Vaccination in Bombay 1863-1868 - 1863-1868
Year: 1863
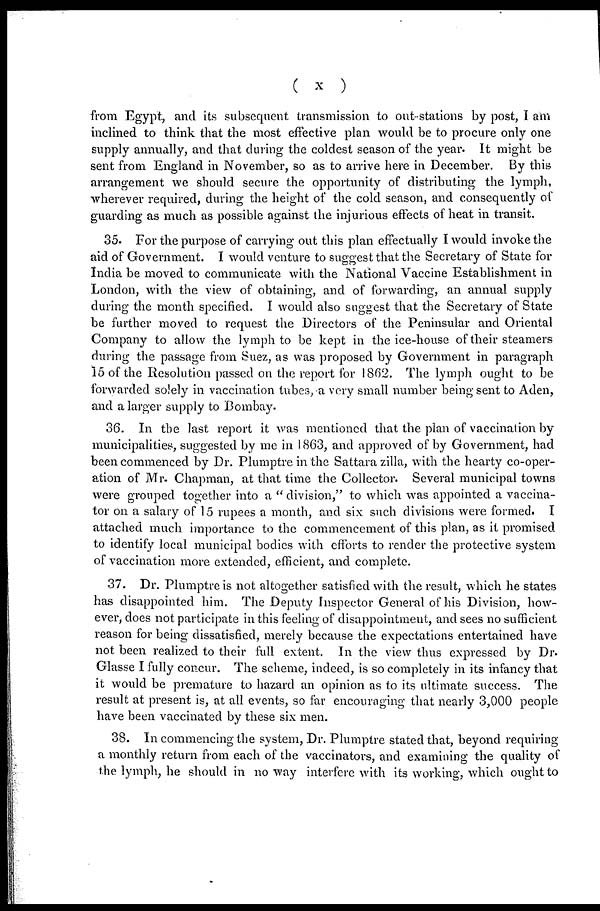
( x )
from Egypt, and its subsequent transmission to out stations by post, I am
inclined to think that the most effective plan would be to procure only one
supply annually, and that during the coldest season of the year. It might be
sent from England in November, so as to arrive here in December. By this
arrangement we should secure the opportunity of distributing the lymph,
wherever required, during the height of the cold season, and consequently of
guarding as much as possible against the injurious effects of heat in transit.
35. For the purpose of carrying out this plan effectually I would invoke the
aid of Government. I would venture to suggest that the Secretary of State for
India be moved to communicate with the National Vaccine Establishment in
London, with the view of obtaining, and of forwarding, an annual supply
during the month specified. I would also suggest that the Secretary of State
be further moved to request the Directors of the Peninsular and Oriental
Company to allow the lymph to be kept in the ice-house of their steamers
during the passage from Suez, as was proposed by Government in paragraph
15 of the Resolution passed on the report for 1862. The lymph ought to be
forwarded solely in vaccination tubes, a very small number being sent to Aden,
and a larger supply to Bombay.
36. In the last report it was mentioned that the plan of vaccination by
municipalities, suggested by me in 1863, and approved of by Government, had
been commenced by Dr. Plumptre in the Sattara zilla, with the hearty co-oper-
ation of Mr. Chapman, at that time the Collector. Several municipal towns
were grouped together into a " division," to which was appointed a vaccina-
tor on a salary of 15 rupees a month, and six such divisions were formed. I
attached much importance to the commencement of this plan, as it promised
to identify local municipal bodies with efforts to render the protective system
of vaccination more extended, efficient, and complete.
37. Dr. Plumptre is not altogether satisfied with the result, which he states
has disappointed him. The Deputy Inspector General of his Division, how-
ever, does not participate in this feeling of disappointment, and sees no sufficient
reason for being dissatisfied, merely because the expectations entertained have
not been realized to their full extent. In the view thus expressed by Dr.
Glasse I fully concur. The scheme, indeed, is so completely in its infancy that
it would be premature to hazard an opinion as to its ultimate success. The
result at present is, at all events, so far encouraging that nearly 3,000 people
have been vaccinated by these six men.
38. In commencing the system, Dr. Plumptre stated that, beyond requiring
a monthly return from each of the vaccinators, and examining the quality of
the lymph, he should in no way interfere with its working, which ought to